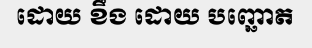
ដោយ ខឹង ដោយ បញ្ឆោត